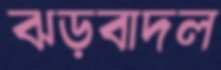
ঝড়বাদল